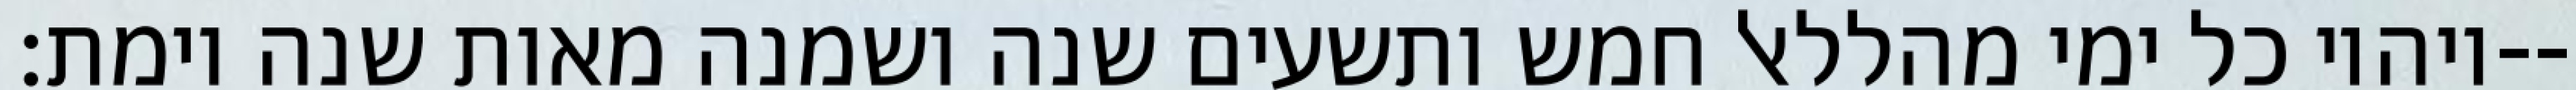
ויהיו כל ימי מהללאל חמש ותשעים שנה ושמנה מאות שנה וימת׃--